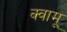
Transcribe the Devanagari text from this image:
क्वामू